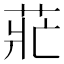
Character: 𰱄